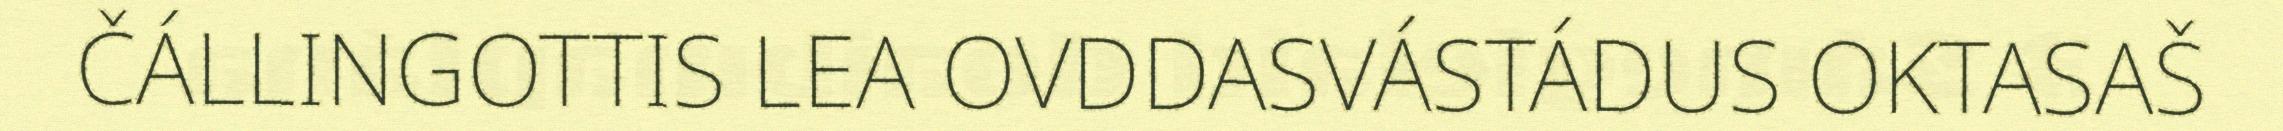
ČÁLLINGOTTIS LEA OVDDASVÁSTÁDUS OKTASAŠ